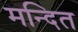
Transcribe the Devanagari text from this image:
मन्दित